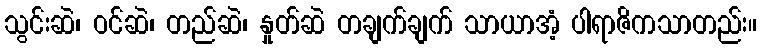
သွင်းဆဲ၊ ဝင်ဆဲ၊ တည်ဆဲ၊ နှုတ်ဆဲ တချက်ချက် သာယာအံ့ ပါရာဇိကသာတည်း။